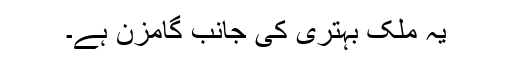
یہ ملک بہتری کی جانب گامزن ہے۔